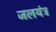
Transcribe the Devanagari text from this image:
जलयंत्र